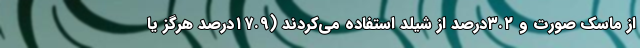
از ماسک صورت و ۳.۲درصد از شیلد استفاده می‌کردند (۱۷.۹درصد هرگز یا